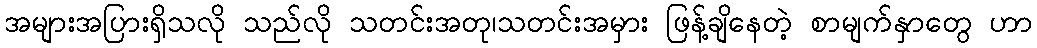
အများအပြားရှိသလို သည်လို သတင်းအတု၊သတင်းအမှား ဖြန့်ချိနေတဲ့ စာမျက်နှာတွေ ဟာ